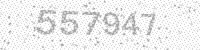
Solution: 557947